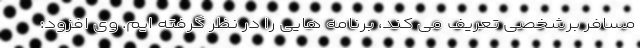
مسافر برشخصی تعریف می کند، برنامه هایی را در نظر گرفته ایم. وی افزود: